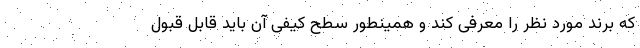
که برند مورد نظر را معرفی کند و همینطور سطح کیفی آن باید قابل قبول